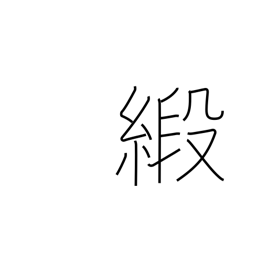
Meaning: damask